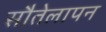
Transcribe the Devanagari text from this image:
सौतेलापन